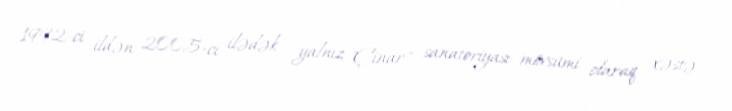
1992-ci ildən 2005-cı ilədək yalnız "Çinar" sanatoriyası mövsümi olaraq xəstə